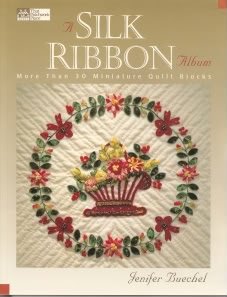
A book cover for A Silk Ribbon Album; Jenifer Buechel; Crafts, Hobbies & Home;